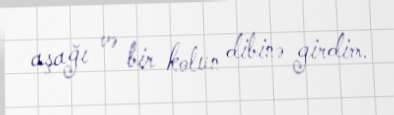
aşağı və bir kolun dibinə girdim.